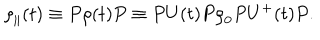
{ \rho } _ { \parallel } ( t ) \equiv P \rho ( t ) P \equiv P U ( t ) P { \rho } _ { 0 } P U ^ { + } ( t ) P .